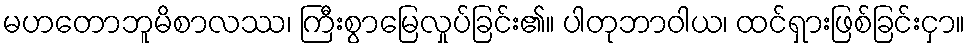
မဟတောဘူမိစာလဿ၊ ကြီးစွာမြေလှုပ်ခြင်း၏။ ပါတုဘာဝါယ၊ ထင်ရှားဖြစ်ခြင်းငှာ။